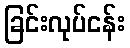
ခြင်းလုပ်ငန်း